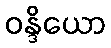
ဝန္ဒိယော